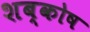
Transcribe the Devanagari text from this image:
शब्कोष